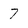
Character: 7